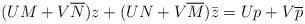
LaTeX: \begin{align*}(UM + V\overline{N})z + (UN+V\overline{M})\bar{z} = Up + V\overline{p}\end{align*}